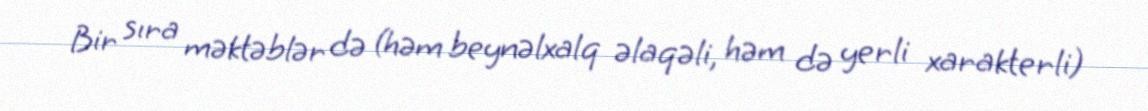
Bir sıra məktəblər də (həm beynəlxalq əlaqəli, həm də yerli xarakterli)